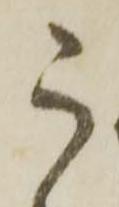
う